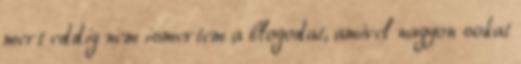
mert eddig nem ismertem a blogodat, amivel nagyon sokat